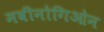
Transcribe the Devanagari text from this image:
मबीनोगिओन